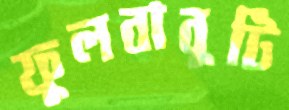
ফুলবাবুটি